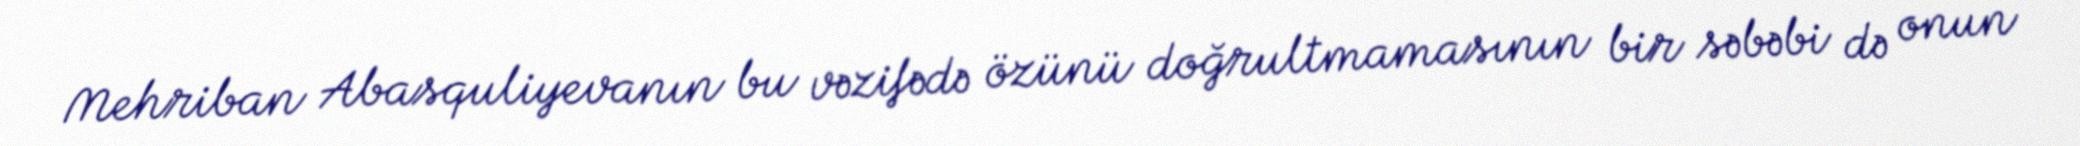
Mehriban Abasquliyevanın bu vəzifədə özünü doğrultmamasının bir səbəbi də onun